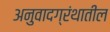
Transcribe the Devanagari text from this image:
अनुवादग्रंथातील